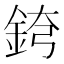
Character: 𨦘